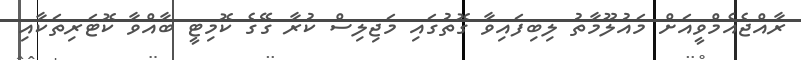
ރާއްޖެއެމްވީއަށް މައުލޫމާތު ލިބިފައިވާ ގޮތުގައި މަޖިލިސް ކުރާ ގޭގެ ކޮމިޓީ ބާއްވާ ކޮޓަރިތަކާއި